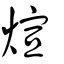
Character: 煊